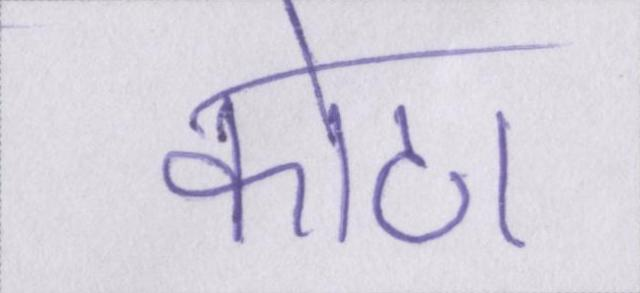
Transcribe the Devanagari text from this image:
कोटा